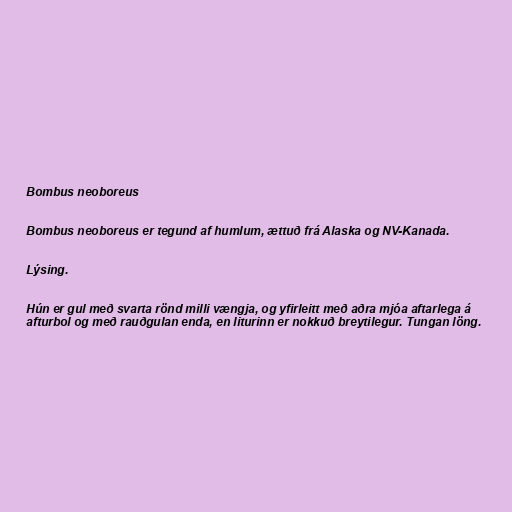
Bombus neoboreus

Bombus neoboreus er tegund af humlum, ættuð frá Alaska og NV-Kanada.

Lýsing.

Hún er gul með svarta rönd milli vængja, og yfirleitt með aðra mjóa aftarlega á
afturbol og með rauðgulan enda, en liturinn er nokkuð breytilegur. Tungan löng.